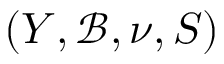
( Y , { \mathcal { B } } , \nu , S )